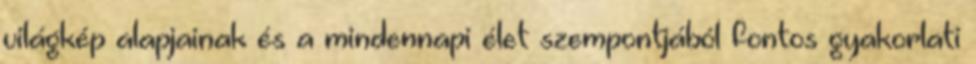
világkép alapjainak és a mindennapi élet szempontjából fontos gyakorlati